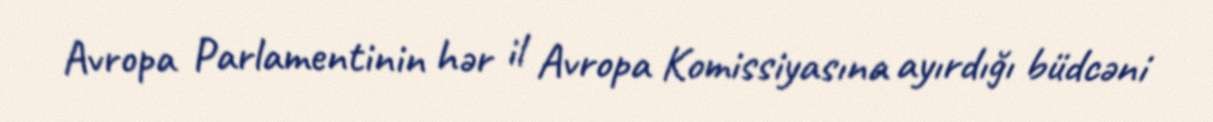
Avropa Parlamentinin hər il Avropa Komissiyasına ayırdığı büdcəni